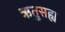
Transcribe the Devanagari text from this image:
ऋतुसह्य